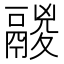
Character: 鬷